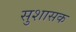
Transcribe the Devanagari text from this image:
सुशासक